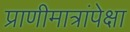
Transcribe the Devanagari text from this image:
प्राणीमात्रांपेक्षा